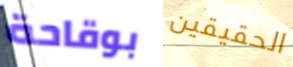
بوقاحة الحقيقين